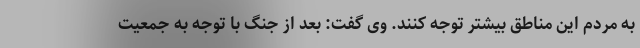
به مردم این مناطق بیشتر توجه کنند. وی گفت: بعد از جنگ با توجه به جمعیت